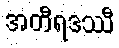
အတီရဒဿီ